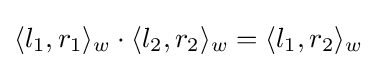
\langle l_{1},r_{1}\rangle _{w}\cdot \langle l_{2},r_{2}\rangle _{w}=\langle l_{1},r_{2}\rangle _{w}